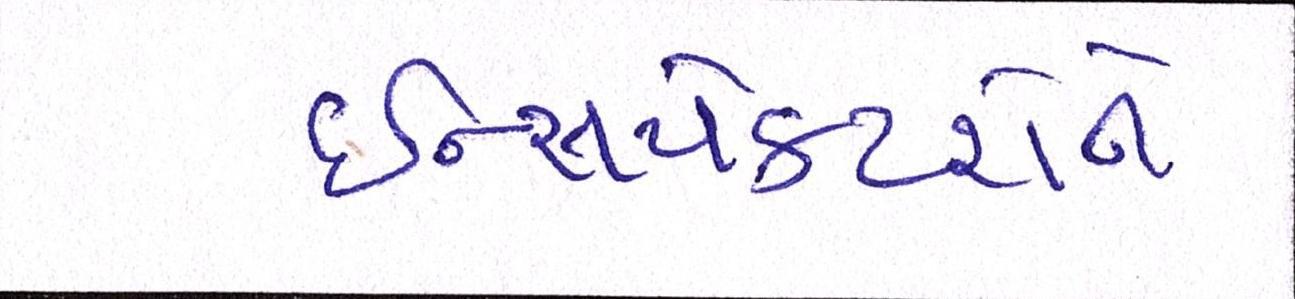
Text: ઈન્સપેકટરોને